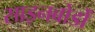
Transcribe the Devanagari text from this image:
साइनबोर्डों